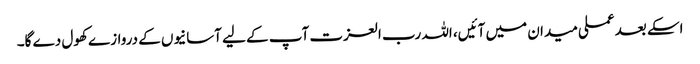
اسکے بعد عملی میدان میں آئیں، اللہ رب العزت آپ کے لیے آسانیوں کے دروازے کھول دے گا۔